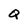
Character: Q